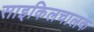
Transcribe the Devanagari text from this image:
साइकिलचालक